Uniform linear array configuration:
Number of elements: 64
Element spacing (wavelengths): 0.25
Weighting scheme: blackman
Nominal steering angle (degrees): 15
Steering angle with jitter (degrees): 15.272
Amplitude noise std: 0.05
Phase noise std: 0.05

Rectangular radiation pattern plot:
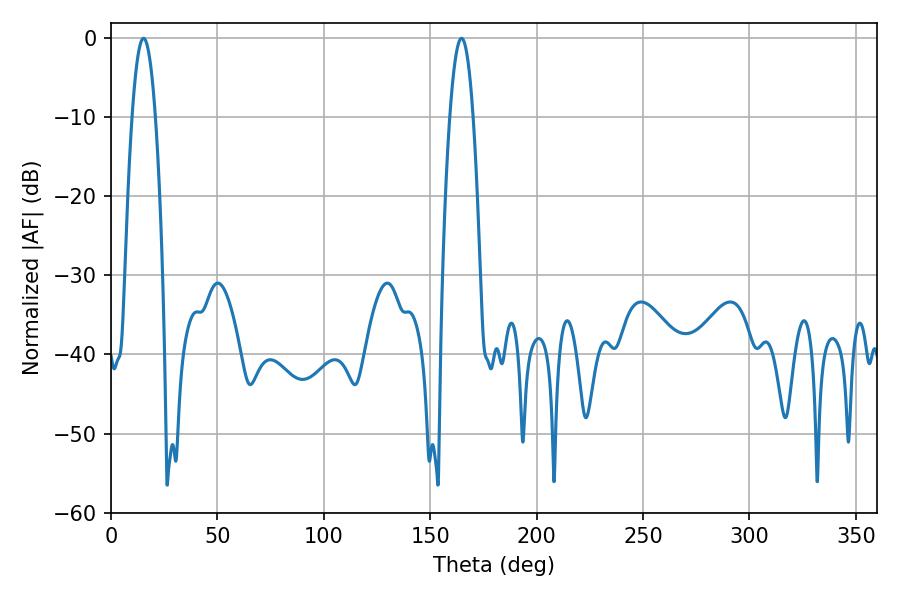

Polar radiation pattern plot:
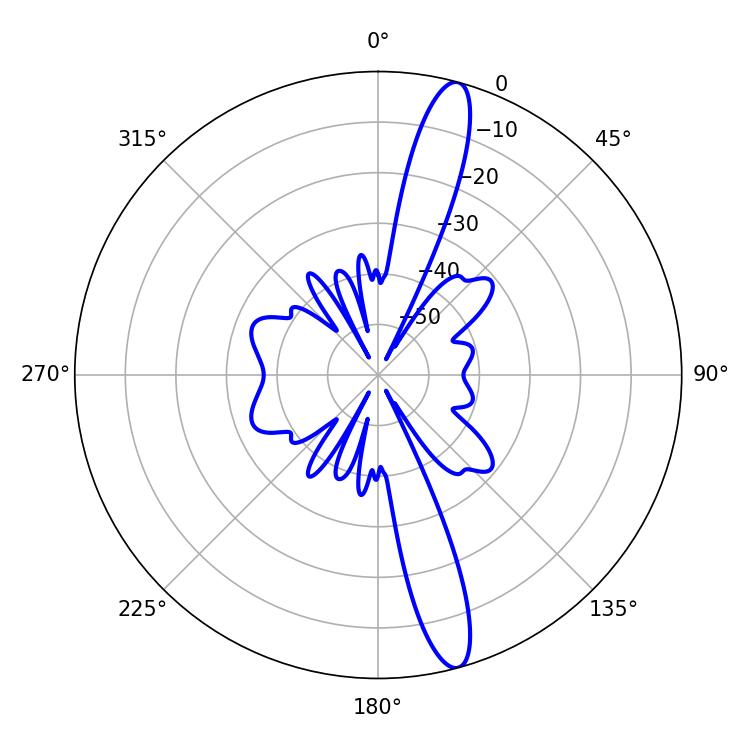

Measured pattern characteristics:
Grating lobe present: FALSE
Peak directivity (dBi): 15.235
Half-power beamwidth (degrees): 6.12
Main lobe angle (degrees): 15.3